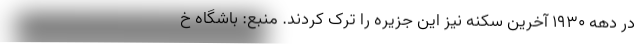
در دهه ۱۹۳۰ آخرین سکنه نیز این جزیره را ترک کردند. منبع: باشگاه خ